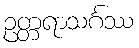
ဥတ္တရာသင်္ဂဿ